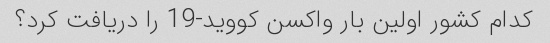
کدام کشور اولین بار واکسن کووید-19 را دریافت کرد؟